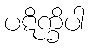
ပဋိက္ခိပါ